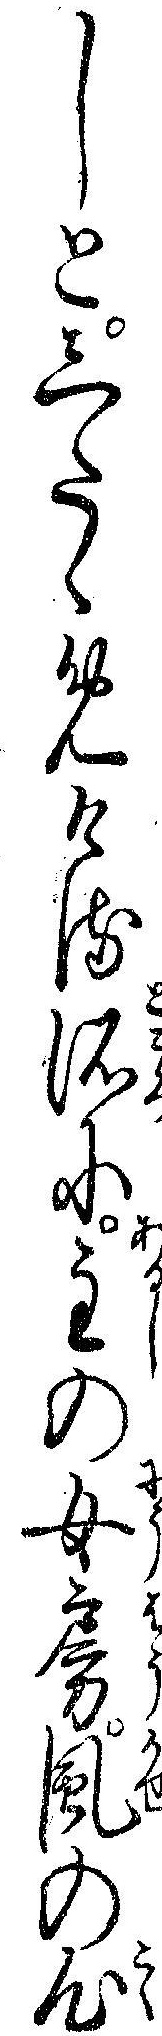
しとしたゝめける所に主の女房風の心